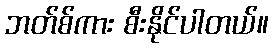
ဘတ်စ်ကား စီးနိုင်ပါတယ်။